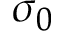
\sigma _ { 0 }